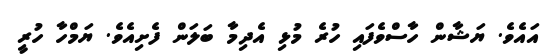
އައެވެ. ޔަޝާން ހާސްވެފައި ހުރެ މުޅި އެދިމާ ބަލަން ފެށިއެވެ. ޔަމްހާ ހުރީ